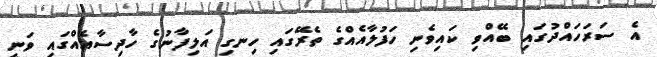
އެ ސަރަހައްދުގައި ބޭއްވި ކައިވެނި ހަފުލާއެއްގެ ތެރޭގައި ހިނގި އަލިފާނުގެ ހާދިސާއެއްގައި ވަނީ